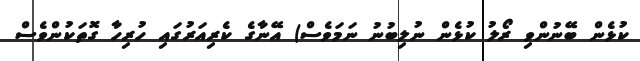
ކުޅެން ބޭނުންވި ރޯލު ކުޅެން ނުލިބުނު ނަމަވެސް) އޭނާގެ ކެރިއަރުގައި ހުރިހާ ގޮތަކުންވެސް